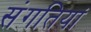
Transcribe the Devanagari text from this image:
संगतियां